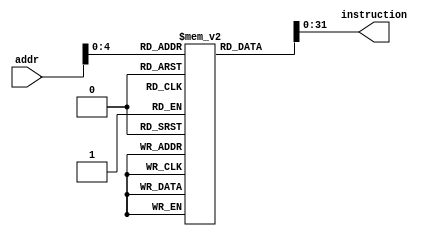
/* instruction_memory */
module instruction_memory #(
    parameter WORDSIZE = 64,           /* tamanho da palavra (64) */
    parameter INSTRUCTION_SIZE = 32,   /* tamanho da instruo (32 para o RISC-V) */
    parameter MEMORY_SIZE = 1024       /* tamanho da memria (1024) */
) (
    input wire [WORDSIZE-1:0] addr,                  /* endereo da instruo */
    output wire [INSTRUCTION_SIZE-1:0] instruction   /* instruo correspondente */
);

    reg [MEMORY_SIZE-1:0] instructions [INSTRUCTION_SIZE-1:0] ; /* banco de instrues */
    reg [INSTRUCTION_SIZE-1:0] selected_instruction;           /* instruo selecionada */

    /* conjunto de instrues iniciais */
    initial begin
        // Load A e Load B
        instructions[0] = 32'b0000000_00000_00000_010_00001_0000011;
        instructions[1] = 32'b0000100_00000_00000_010_00010_0000011;

        // Add e sub
        instructions[2] = 32'b0100000_00010_00001_000_00011_0110011;
        // instructions[3] = 32'b0000000_00010_00001_000_00011_0110011;

        // BEQ
        instructions[3] = 32'b0000000_00010_00001_000_00110_1100011;
        
    end

    /* selecionar instruo do endereo correto */
    always @(*) begin
        selected_instruction = instructions[addr];
    end

    /* instruo de sada */
    assign instruction = selected_instruction;

endmodule